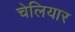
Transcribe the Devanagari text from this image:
चेलियार